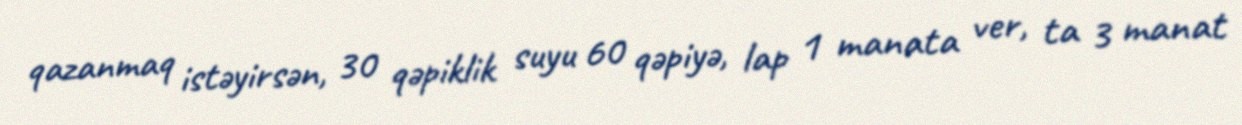
qazanmaq istəyirsən, 30 qəpiklik suyu 60 qəpiyə, lap 1 manata ver, ta 3 manat